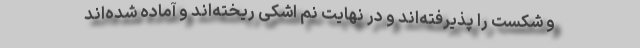
و شکست را پذیرفته‌اند و در نهایت نم اشکی ریخته‌اند و آماده شده‌اند